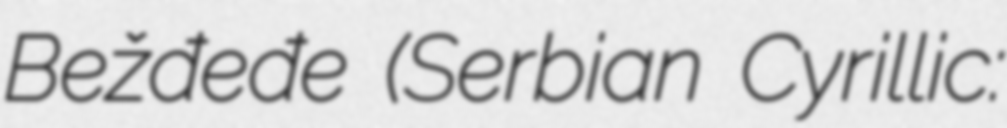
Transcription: Bežđeđe (Serbian Cyrillic: